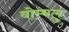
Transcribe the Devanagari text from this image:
बोम्मलु